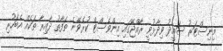
މިނިސްޓަރު ސައީދު ވިދާޅުވީ ރާއްޖޭގައި އިންވެސްޓް ކުރެވޭނެ ތަފާތު ދާއިރާ ތަކެއް އެބަހުރި